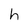
Character: h